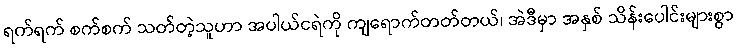
ရက်ရက် စက်စက် သတ်တဲ့သူဟာ အပါယ်ငရဲကို ကျရောက်တတ်တယ်၊ အဲဒီမှာ အနှစ် သိန်းပေါင်းများစွာ